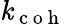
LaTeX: \mathit{k}_{\mathrm{{~c~o~h~}}}